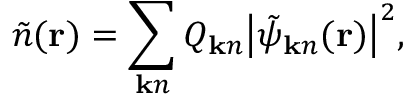
\tilde { n } ( { \bf r } ) = \sum _ { { \bf k } n } Q _ { { \bf k } n } \big | \tilde { \psi } _ { { \bf k } n } ( { \bf r } ) \big | ^ { 2 } ,